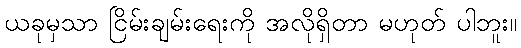
ယခုမှသာ ငြိမ်းချမ်းရေးကို အလိုရှိတာ မဟုတ် ပါဘူး။